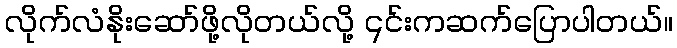
လိုက်လံနိုးဆော်ဖို့လိုတယ်လို့ ၎င်းကဆက်ပြောပါတယ်။